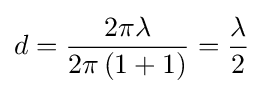
d={\frac {2\pi \lambda }{2\pi \left(1+1\right)}}={\frac {\lambda }{2}}